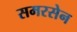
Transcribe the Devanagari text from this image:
समरसेन